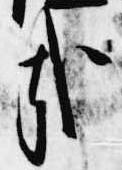
哉